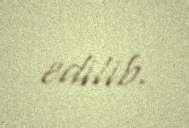
edilib.